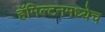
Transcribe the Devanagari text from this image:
हॅमिल्टनमध्येच